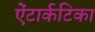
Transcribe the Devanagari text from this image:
ऐंटार्कटिका